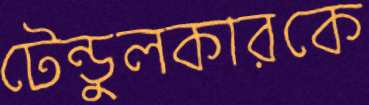
টেন্ডুলকারকে